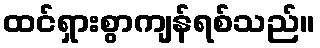
ထင်ရှားစွာကျန်ရစ်သည်။